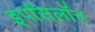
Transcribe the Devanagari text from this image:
इपसिलॉन